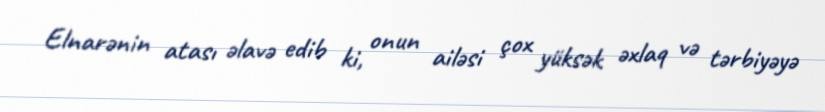
Elnarənin atası əlavə edib ki, onun ailəsi çox yüksək əxlaq və tərbiyəyə